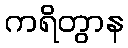
ကရိတွာန